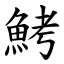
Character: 鮳